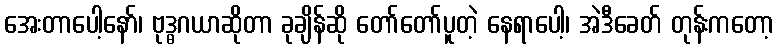
အေးတာပေါ့နော်၊ ဗုဒ္ဓဂယာဆိုတာ ခုချိန်ဆို တော်တော်ပူတဲ့ နေရာပေါ့၊ အဲဒီခေတ် တုန်းကတော့